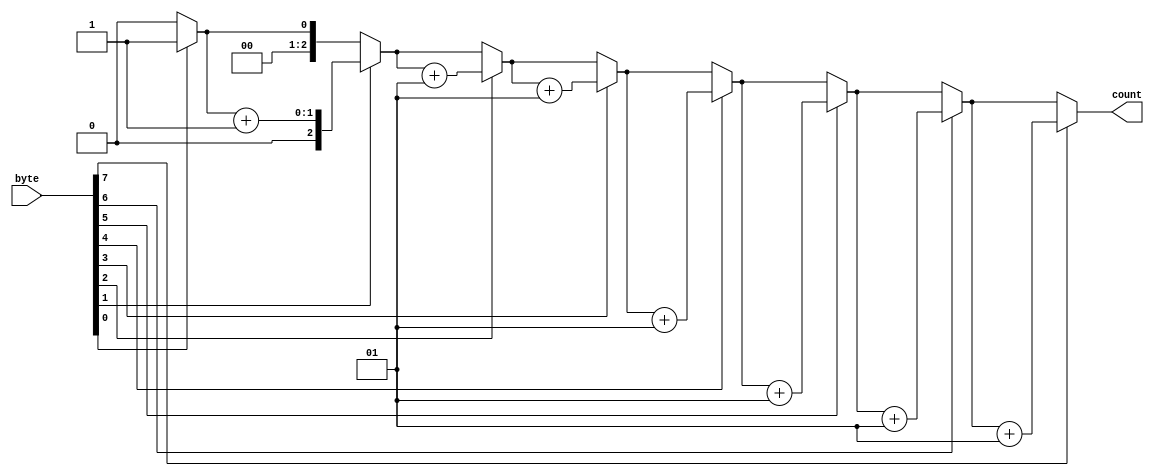
`timescale 1ns / 1ps
module num_of_ones(
    input [7:0] byte,
    output reg [2:0] count
);
function automatic integer count_ones;
    input [7:0] byte_data;
    integer i;
    begin
        count_ones = 0;
        for (i = 0; i < 8; i = i + 1) begin
            if (byte_data[i] == 1'b1)
                count_ones = count_ones + 1;
        end
    end
endfunction

always @(*) begin
    count = count_ones(byte);
end

endmodule